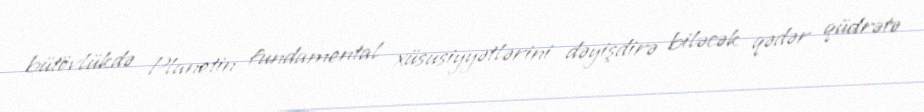
bütövlükdə Planetin fundamental xüsusiyyətlərini dəyişdirə biləcək qədər qüdrətə